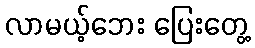
လာမယ့်ဘေး ပြေးတွေ့